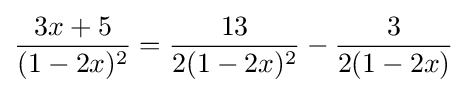
{\frac {3x+5}{(1-2x)^{2}}}={\frac {13}{2(1-2x)^{2}}}-{\frac {3}{2(1-2x)}}